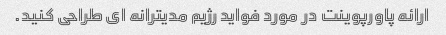
ارائه پاورپوینت در مورد فواید رژیم مدیترانه ای طراحی کنید.